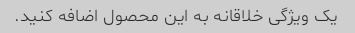
یک ویژگی خلاقانه به این محصول اضافه کنید.